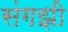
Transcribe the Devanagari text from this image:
संगझी